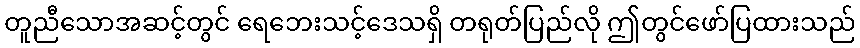
တူညီသောအဆင့်တွင် ရေဘေးသင့်ဒေသရှိ တရုတ်ပြည်လို ဤတွင်ဖော်ပြထားသည်